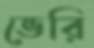
ভেরি